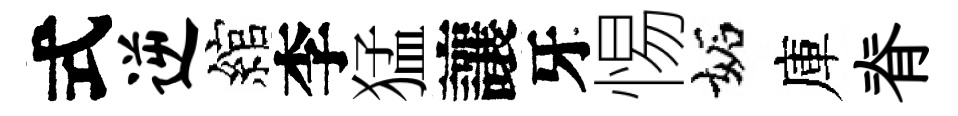
式逆綰李猛讓牙惕妬庫脊